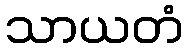
သာယတံ